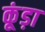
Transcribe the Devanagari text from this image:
कूंड़ा